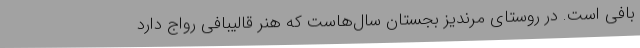
بافی است. در روستای مرندیز بجستان سال‌هاست که هنر قالیبافی رواج دارد